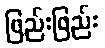
ဖြည်းဖြည်း